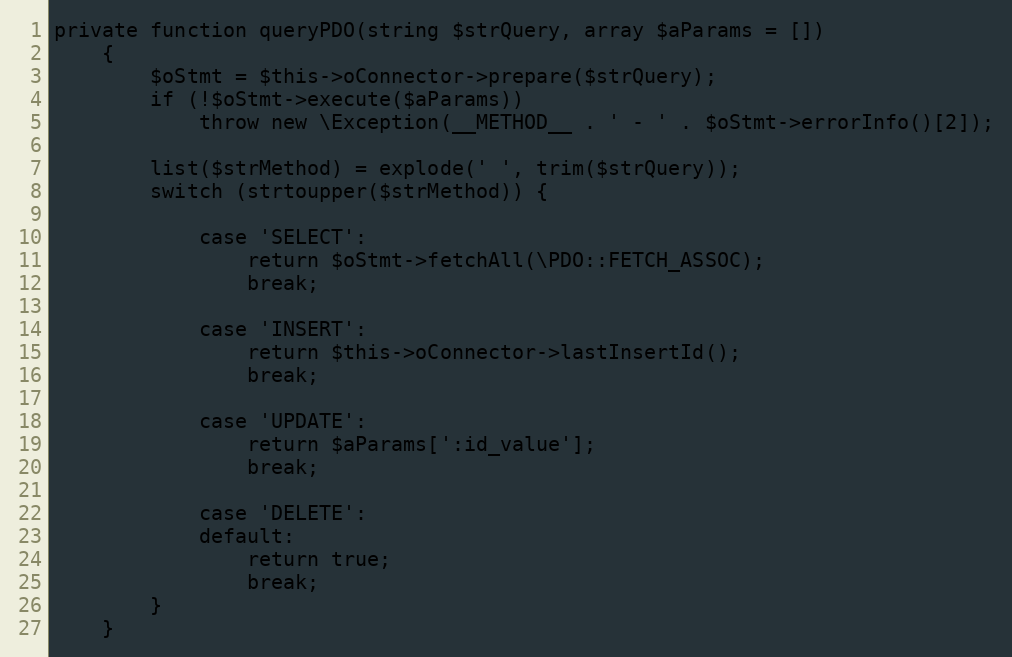
Language: PHP
private function queryPDO(string $strQuery, array $aParams = [])
    {
        $oStmt = $this->oConnector->prepare($strQuery);
        if (!$oStmt->execute($aParams))
            throw new \Exception(__METHOD__ . ' - ' . $oStmt->errorInfo()[2]);

        list($strMethod) = explode(' ', trim($strQuery));
        switch (strtoupper($strMethod)) {

            case 'SELECT':
                return $oStmt->fetchAll(\PDO::FETCH_ASSOC);
                break;

            case 'INSERT':
                return $this->oConnector->lastInsertId();
                break;

            case 'UPDATE':
                return $aParams[':id_value'];
                break;

            case 'DELETE':
            default:
                return true;
                break;
        }
    }